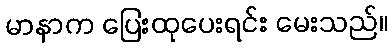
မာနာက ပြေးထုပေးရင်း မေးသည်။